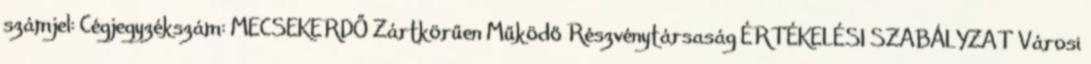
számjel: Cégjegyzékszám: MECSEKERDŐ Zártkörűen Működő Részvénytársaság ÉRTÉKELÉSI SZABÁLYZAT Városi